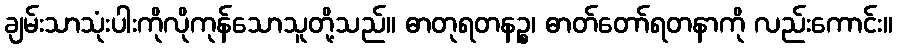
ချမ်းသာသုံးပါးကိုလိုကုန်သောသူတို့သည်။ ဓာတုရတနဉ္စ၊ ဓာတ်တော်ရတနာကို လည်းကောင်း။